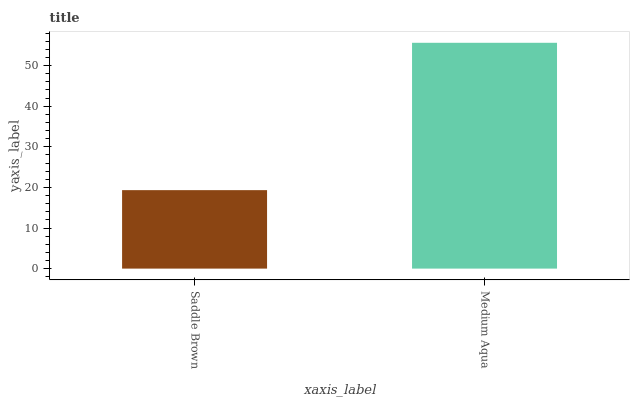
| xaxis_label | bars |
 | --- | --- |
 | Saddle Brown | 19.3 |
 | Medium Aqua | 55.6 |